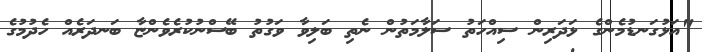
"އަޅުގަނޑުމެންގެ ޅަދަރިން ސިއްހަތު ސަލާމަތުން ނެތި ބަލިވާ ވަގުތު ބޭސްނުކުރެވެންޏާ ބަނދަރެއް ހެދުމުގެ